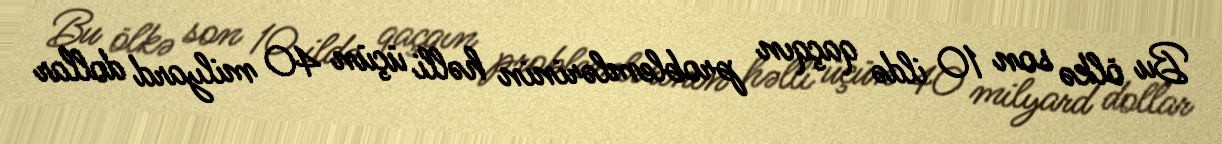
Bu ölkə son 10 ildə qaçqın problemlərinin həlli üçün 40 milyard dollar